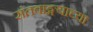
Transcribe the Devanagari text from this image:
संतवाङ्मयाच्या